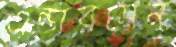
এন্ডারসেন